Report on the working of the Ranchi Indian Mental Hospital, Kanke, in Bihar and Orissa - 1930-1940
Year: 1930
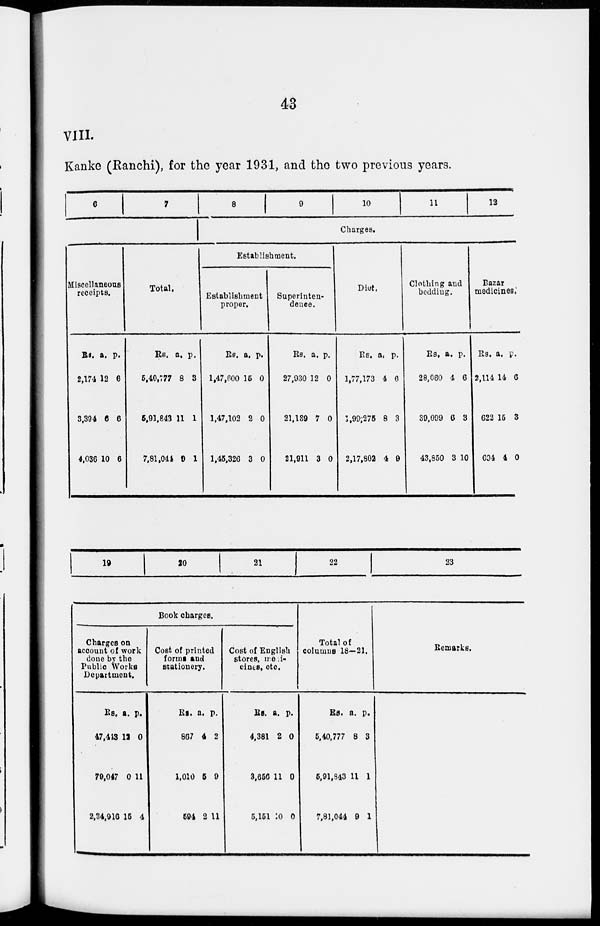
43
VIII.
Kanke (Ranchi), for the year 1931, and the two previous years.
6
7
Miscellaneous
receipts.
Rs.
2,174
3,394
4,036
a.
12
6
10
p.
6
6
6
Total.
Rs.
5,40,777
5,91,843
7,81,044
a.
8
11
9
p.
3
1
1
8
9
10
11
12
Charges.
Establishment.
Establishment
proper.
Rs.
1,47,600
1,47,103
1,45,326
a.
15
2
3
p.
0
0
0
Superinten-
dence.
Rs.
27,930
21,139
21,911
a.
12
7
3
p.
0
0
0
Diet.
Rs.
1,77,173
1,99,275
2,17,802
a.
4
8
4
p.
6
3
9
Clothing and
bedding.
Rs.
28,660
30,099
43,850
a.
4
6
3
p.
6
3
10
Bazar
medicines.
Rs.
2,114
622
694
a.
14
15
4
p.
6
3
0
19
20
21
22
23
Book charges.
Charges on
account of work
done by the
Public Works
Department.
Rs.
47,413
79,047
2,34,916
a.
12
0
15
p.
0
11
4
Cost of printed
forms and
stationery.
Rs.
807
1,010
594
a.
4
5
2
p.
2
0
11
Cost of English
stores, medi-
cines, etc.
Rs.
4,381
3,656
5,151
a.
2
11
10
p.
0
0
0
Total of
columns 18—21.
Rs.
5,40,777
5,91,843
7,81,044
a.
8
11
9
p.
3
1
1
Remarks.